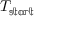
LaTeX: T _ { \mathbb { s t a r t } }